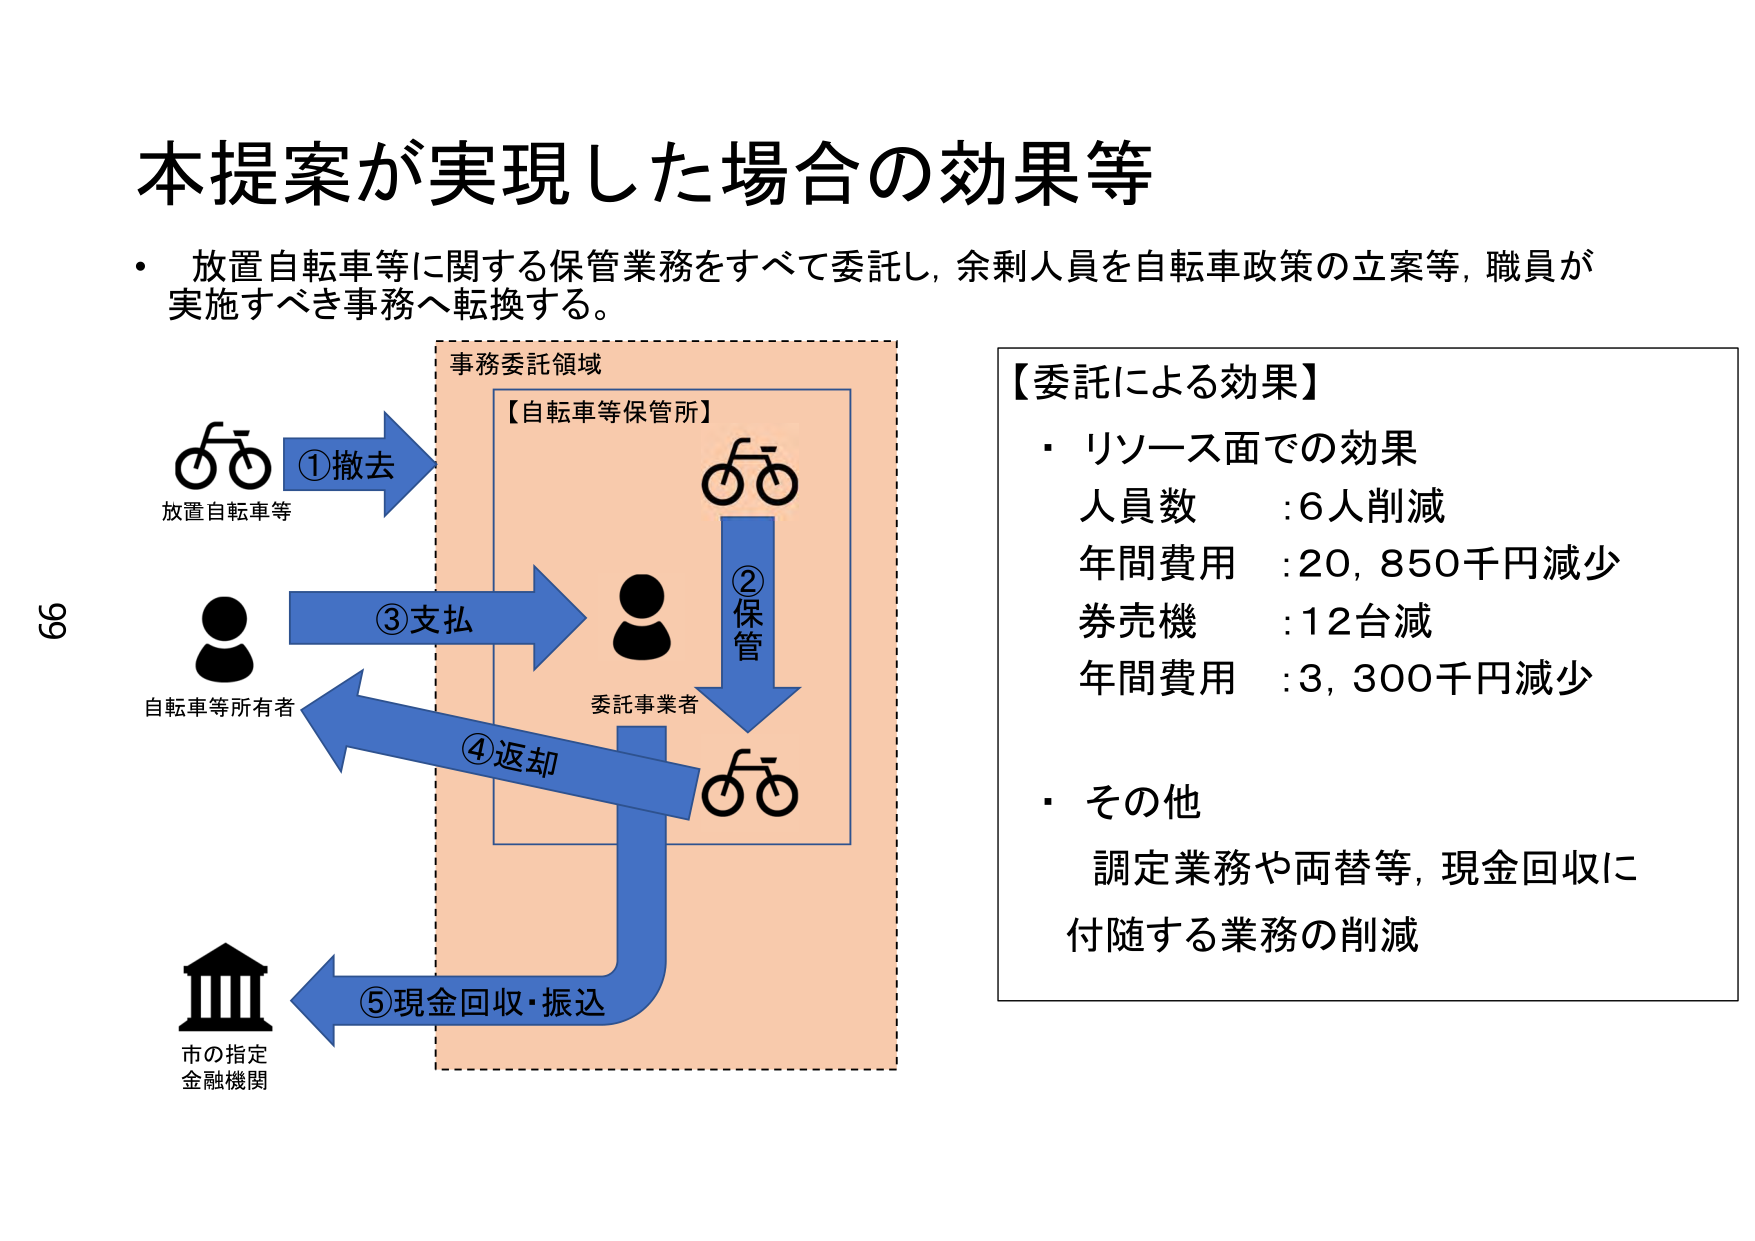
本提案が実現した場合の効果等

・ 放置自転車等に関する保管業務をすべて委託し，余剰人員を自転車政策の立案等，職員が
実施すべき事務へ転換する。

事務委託領域
【自転車等保管所】

①撤去
放置自転車等

②保管

③支払
自転車等所有者

④返却
委託事業者

⑤現金回収・振込
市の指定
金融機関

【委託による効果】
・ リソース面での効果
人員数 :6人削減
年間費用 :20,850千円減少
券売機 :12台減
年間費用 :3,300千円減少

・ その他
調定業務や両替等，現金回収に
付随する業務の削減

69